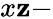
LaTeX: x\mathbf{z}-